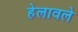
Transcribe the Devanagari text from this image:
हेलावले